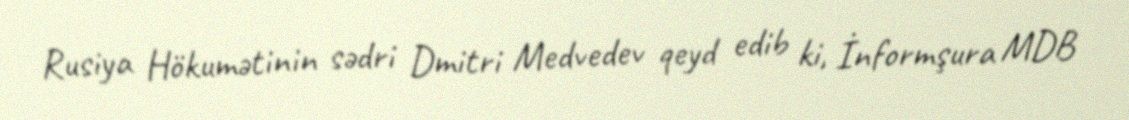
Rusiya Hökumətinin sədri Dmitri Medvedev qeyd edib ki, İnformşura MDB